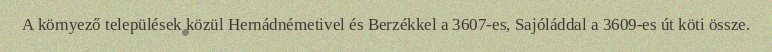
A környező települések közül Hernádnémetivel és Berzékkel a 3607-es, Sajóláddal a 3609-es út köti össze.